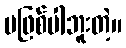
မဖြစ်ပါဘူးတဲ့။